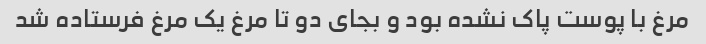
مرغ با پوست ‌پاک نشده بود و بجای دو تا مرغ یک مرغ فرستاده شد